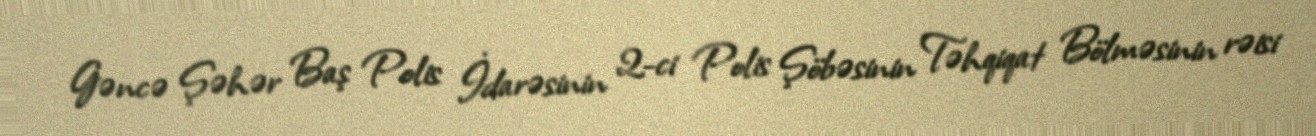
Gəncə Şəhər Baş Polis İdarəsinin 2-ci Polis Şöbəsinin Təhqiqat Bölməsinin rəisi